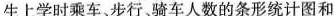
生上学时乘车、步行骑车人数的条形统计图和